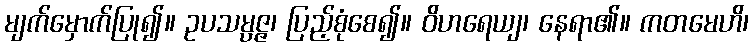
မျက်မှောက်ပြု၍။ ဥပသမ္ပဇ္ဇ၊ ပြည့်စုံစေ၍။ ဝိဟရေယျ၊ နေရာ၏။ ကတမေဟိ၊